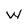
Character: W